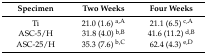
<table><thead><tr><td><b>Specimen</b></td><td><b>Two Weeks</b></td><td><b>Four Weeks</b></td></tr></thead><tbody><tr><td>Ti</td><td>21.0 (1.6) <sup>a,A</sup></td><td>21.1 (6.5) <sup>c,A</sup></td></tr><tr><td>ASC-5/H</td><td>31.8 (4.0) <sup>b,B</sup></td><td>41.6 (11.2) <sup>d,B</sup></td></tr><tr><td>ASC-25/H</td><td>35.3 (7.6) <sup>b,C</sup></td><td>62.4 (4.3) <sup>e,D</sup></td></tr></tbody></table>